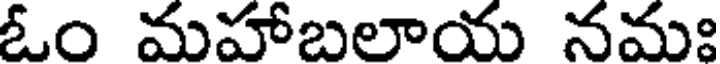
ఓం మహాబలాయ నమః